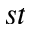
^ { s t }